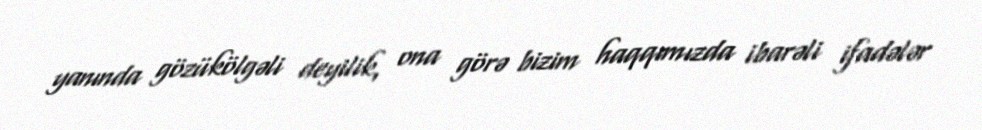
yanında gözükölgəli deyilik, ona görə bizim haqqımızda ibarəli ifadələr